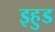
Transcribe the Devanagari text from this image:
इहुड